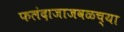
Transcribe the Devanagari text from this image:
फलंदाजाजवळच्या